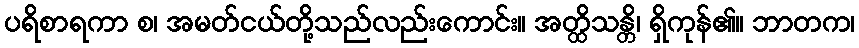
ပရိစာရကာ စ၊ အမတ်ငယ်တို့သည်လည်းကောင်း။ အတ္ထိသန္တိ၊ ရှိကုန်၏။ ဘာတက၊